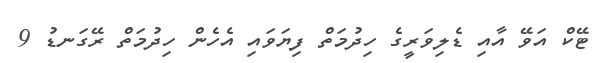
ޓޭކް އަވޭ އާއި ޑެލިވަރީގެ ހިދުމަތް ފިޔަވައި އެހެން ހިދުމަތް ރޭގަނޑު 9